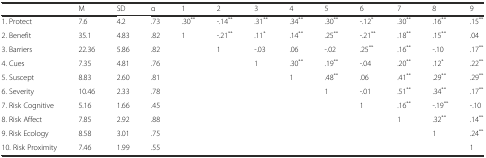
<table><thead><tr><td></td><td><b>M</b></td><td><b>SD</b></td><td><b>α</b></td><td><b>1</b></td><td><b>2</b></td><td><b>3</b></td><td><b>4</b></td><td><b>5</b></td><td><b>6</b></td><td><b>7</b></td><td><b>8</b></td><td><b>9</b></td></tr></thead><tbody><tr><td>1. Protect</td><td>7.6</td><td>4.2</td><td>.73</td><td>.30<sup>**</sup></td><td>-.14<sup>**</sup></td><td>.31<sup>**</sup></td><td>.34<sup>**</sup></td><td>.30<sup>**</sup></td><td>-.12<sup>*</sup></td><td>.30<sup>**</sup></td><td>.16<sup>**</sup></td><td>.15<sup>**</sup></td></tr><tr><td>2. Benefit</td><td>35.1</td><td>4.83</td><td>.82</td><td>1</td><td>-.21<sup>**</sup></td><td>.11<sup>*</sup></td><td>.14<sup>**</sup></td><td>.25<sup>**</sup></td><td>-.21<sup>**</sup></td><td>.18<sup>**</sup></td><td>.15<sup>**</sup></td><td>.04</td></tr><tr><td>3. Barriers</td><td>22.36</td><td>5.86</td><td>.82</td><td></td><td>1</td><td>-.03</td><td>.06</td><td>-.02</td><td>.25<sup>**</sup></td><td>.16<sup>**</sup></td><td>-.10</td><td>.17<sup>**</sup></td></tr><tr><td>4. Cues</td><td>7.35</td><td>4.81</td><td>.76</td><td></td><td></td><td>1</td><td>.30<sup>**</sup></td><td>.19<sup>**</sup></td><td>-.04</td><td>.20<sup>**</sup></td><td>.12<sup>*</sup></td><td>.22<sup>**</sup></td></tr><tr><td>5. Suscept</td><td>8.83</td><td>2.60</td><td>.81</td><td></td><td></td><td></td><td>1</td><td>.48<sup>**</sup></td><td>.06</td><td>.41<sup>**</sup></td><td>.29<sup>**</sup></td><td>.29<sup>**</sup></td></tr><tr><td>6. Severity</td><td>10.46</td><td>2.33</td><td>.78</td><td></td><td></td><td></td><td></td><td>1</td><td>-.01</td><td>.51<sup>**</sup></td><td>.34<sup>**</sup></td><td>.17<sup>**</sup></td></tr><tr><td>7. Risk Cognitive</td><td>5.16</td><td>1.66</td><td>.45</td><td></td><td></td><td></td><td></td><td></td><td>1</td><td>.16<sup>**</sup></td><td>-.19<sup>**</sup></td><td>-.10</td></tr><tr><td>8. Risk Affect</td><td>7.85</td><td>2.92</td><td>.88</td><td></td><td></td><td></td><td></td><td></td><td></td><td>1</td><td>.32<sup>**</sup></td><td>.14<sup>**</sup></td></tr><tr><td>9. Risk Ecology</td><td>8.58</td><td>3.01</td><td>.75</td><td></td><td></td><td></td><td></td><td></td><td></td><td></td><td>1</td><td>.24<sup>**</sup></td></tr><tr><td>10. Risk Proximity</td><td>7.46</td><td>1.99</td><td>.55</td><td></td><td></td><td></td><td></td><td></td><td></td><td></td><td></td><td>1</td></tr></tbody></table>